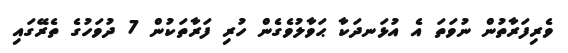
ވެރިފަރާތުން ނުވަތަ އެ އުޅަނދަކާ ޙަވާލުވެގެން ހުރި ފަރާތަކުން 7 ދުވަހުގެ ތެރޭގައި